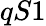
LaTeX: qS1